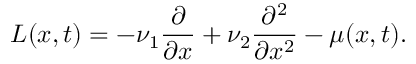
L ( x , t ) = - \nu _ { 1 } \frac { \partial } { \partial x } + \nu _ { 2 } \frac { \partial ^ { 2 } } { \partial x ^ { 2 } } - \mu ( x , t ) .